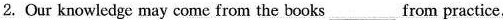
2. Our knowledge may come from the books ___ from practice.